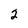
Character: 2